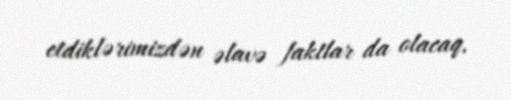
etdiklərimizdən əlavə faktlar da olacaq.